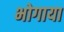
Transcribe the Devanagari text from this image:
भोगाया